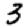
Digit: 3